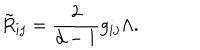
\tilde { R } _ { i j } = \frac 2 { d - 1 } g _ { i j } \Lambda .